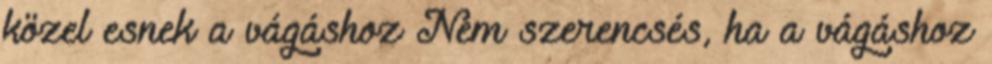
közel esnek a vágáshoz Nem szerencsés, ha a vágáshoz